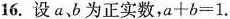
16.设a、b为正实数，$$a + b = 1$$.